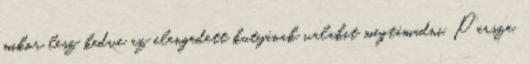
mikor lesz kedve az elengedett kutyának valakit megtámadni. Persze,